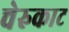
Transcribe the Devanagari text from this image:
चेरुकाट